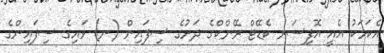
އެކަމަކު އެއީ އޮފިސަރ ކެޑޭޓް ރޭންކްގެ ދަށުގެ ސިފައިން (ނ) ވައިގެ ސިފައިންގެ